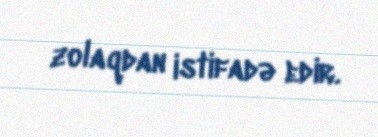
zolaqdan istifadə edir.